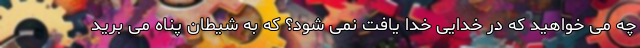
چه می خواهید که در خدایی خدا یافت نمی شود؟ که به شیطان پناه می برید